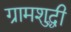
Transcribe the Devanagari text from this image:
ग्रामशुद्धी